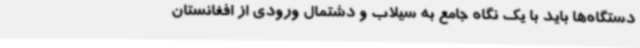
دستگاه‌ها باید با یک نگاه جامع به سیلاب و دشتمال ورودی از افغانستان